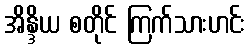
အိန္ဒိယ စတိုင် ကြက်သားဟင်း